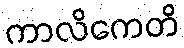
ကာလိကေတိ